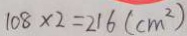
1 0 8 \times 2 = 2 1 6 ( c m ^ { 2 } )